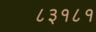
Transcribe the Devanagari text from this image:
८३१८१